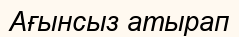
Ағынсыз атырап